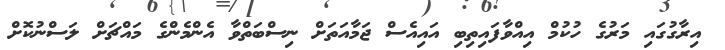
އިރާގުގައި މަރުގެ ހުކުމް އިއްވާފައިތިބި އައިއެސް ޖަމާއަތަށް ނިސްބަތްވާ އެންމެންގެ މައްޗަށް ލަސްނުކޮށް